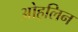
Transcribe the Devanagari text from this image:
ओह्‌लिन